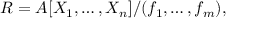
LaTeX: R = A [ X _ { 1 } , \ldots , X _ { n } ] / ( f _ { 1 } , \ldots , f _ { m } ) ,